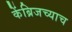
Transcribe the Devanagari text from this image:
केंब्रिजच्याच